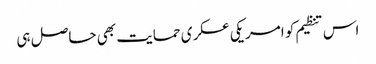
اس تنظیم کو امریکی عسکری حمایت بھی حاصل ہی